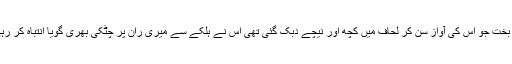
نیک بخت جو اس کی آواز سن کر لحاف میں کچھ اور نیچے دبک گئی تھی اس نے ہلکے سے میری ران پر چٹکی بھری گویا انتباہ کر رہی ہو۔